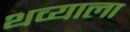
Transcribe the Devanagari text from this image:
थव्याला